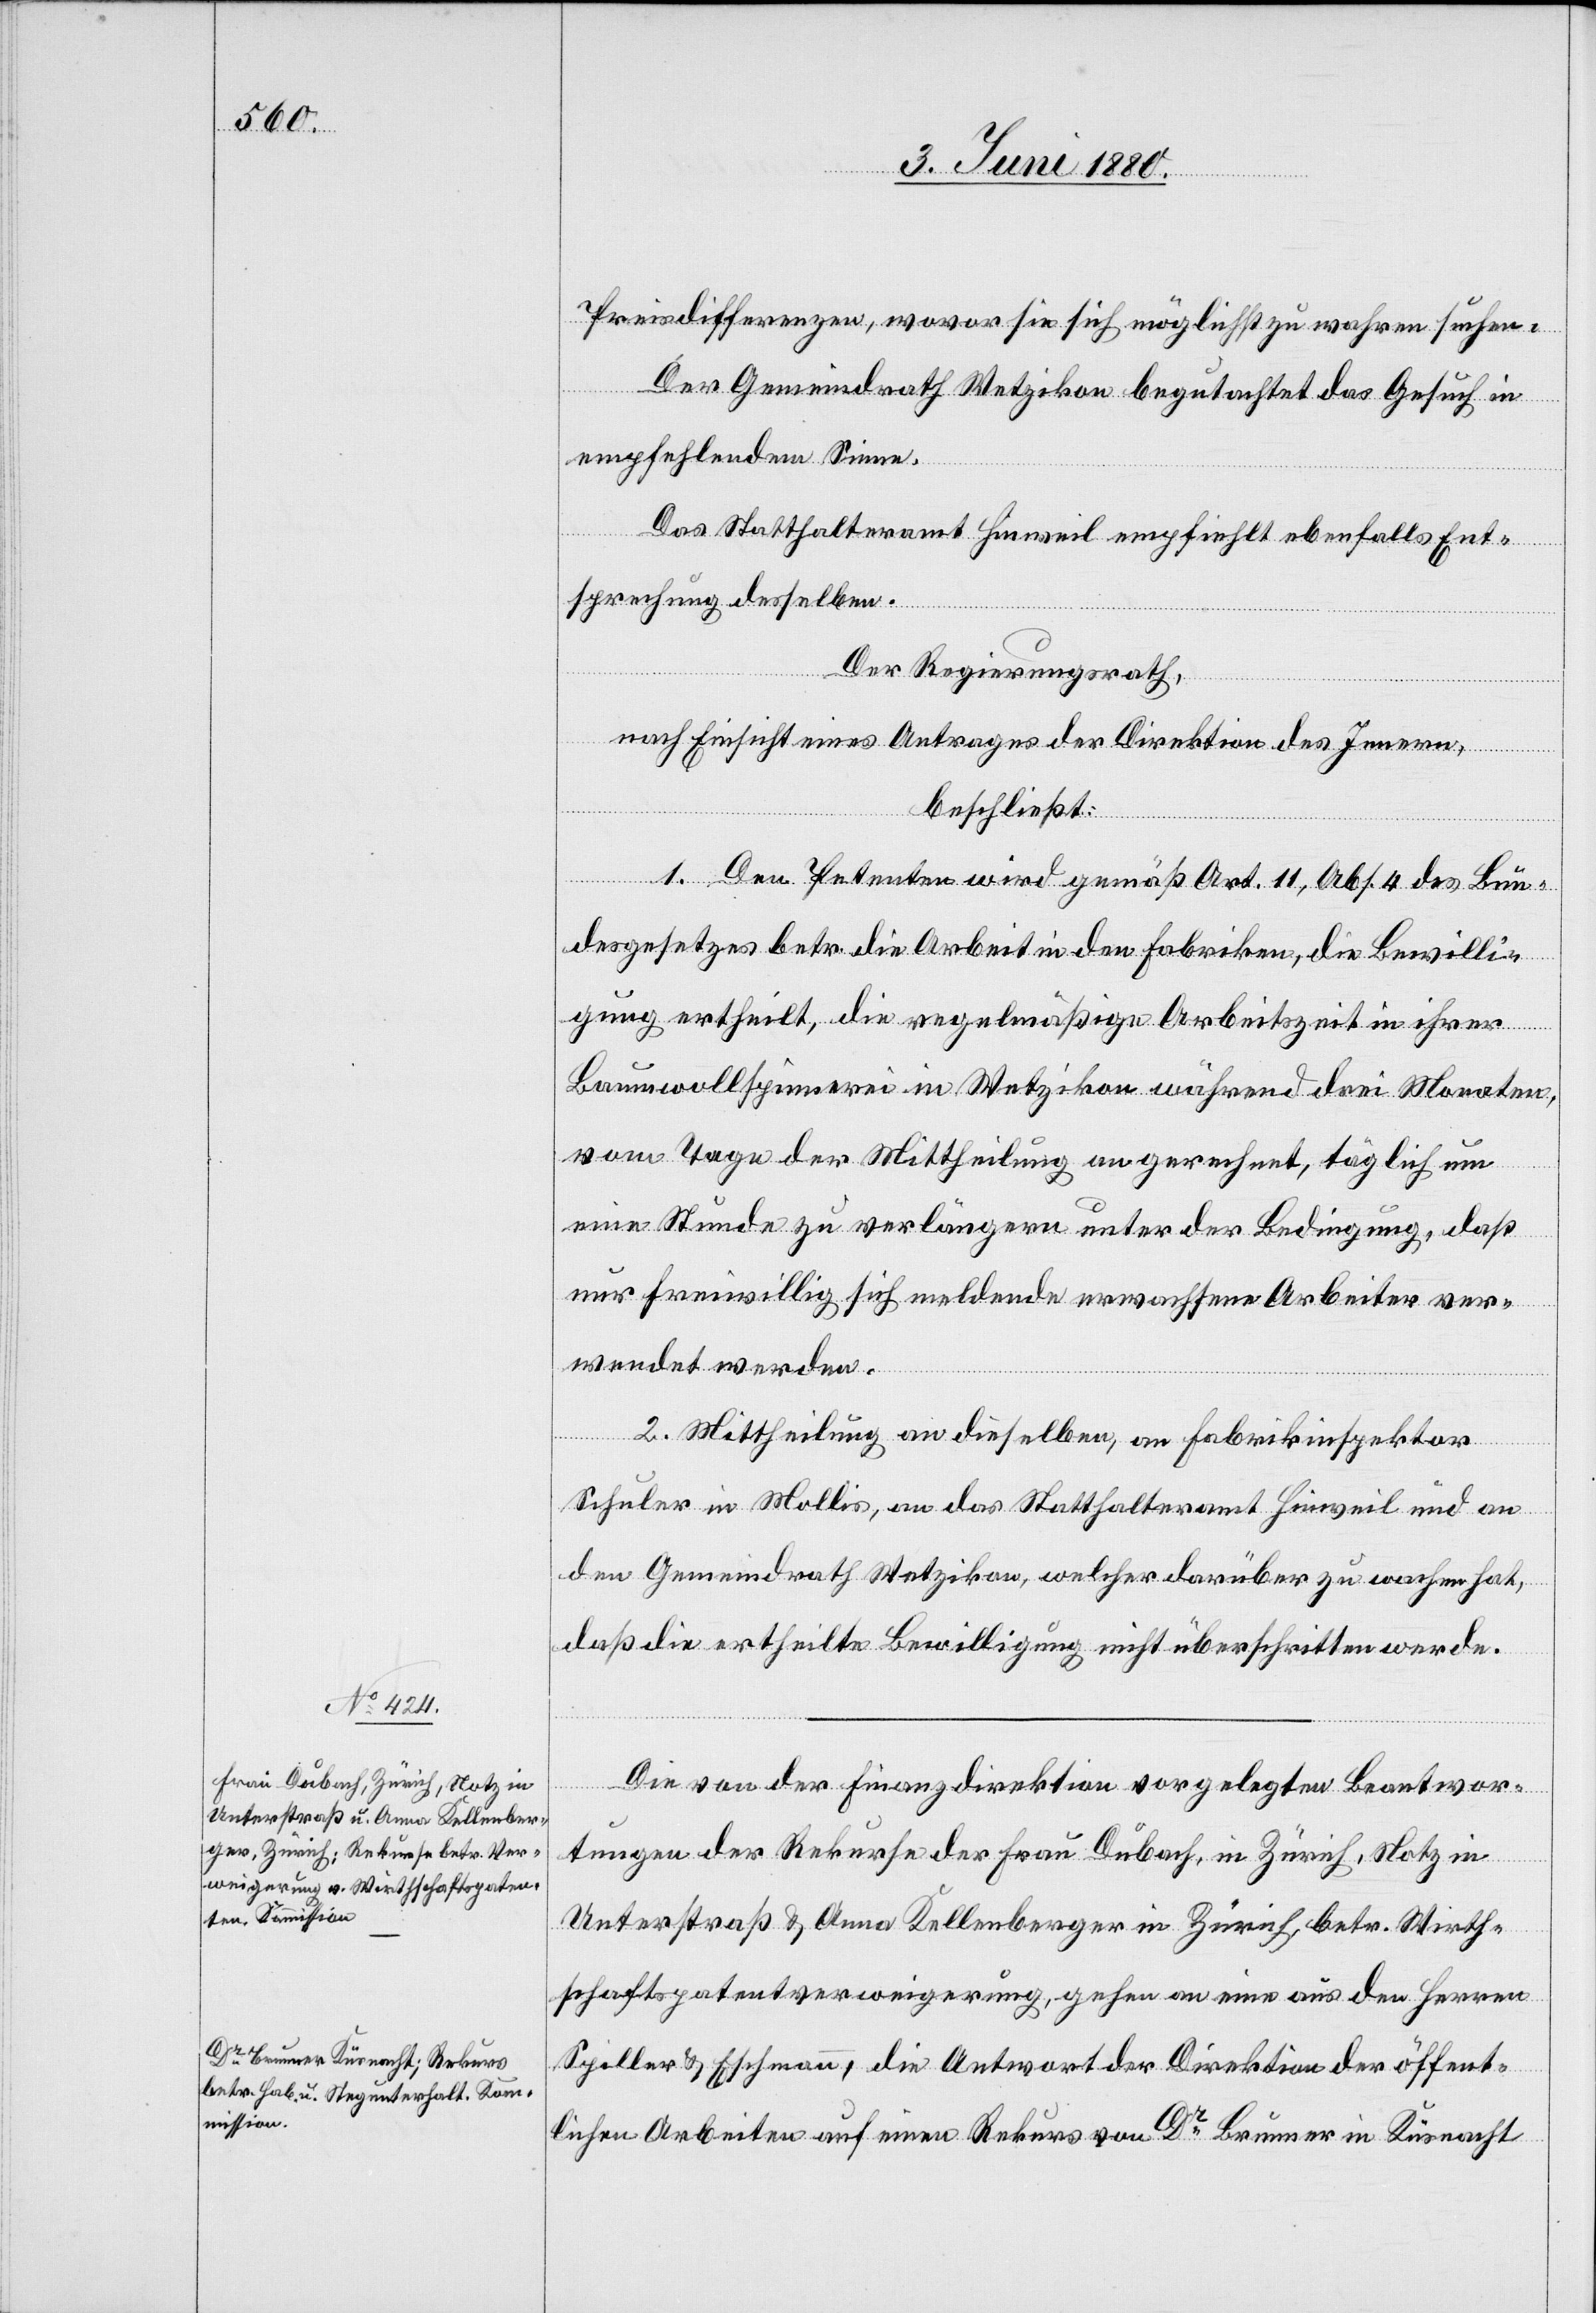
Preisdifferenzen, wovor sie sich möglichst zu wahren suchen.
Der Gemeindrath Wetzikon begutachtet das Gesuch in
empfehlendem Sinne.
Das Statthalteramt Hinweil empfiehlt ebenfalls Ent¬
sprechung desselben.
Der Regierungsrath,
nach Einsicht eines Antrages der Direktion des Innern,
beschließt:
1. Den Petenten wird gemäß Art. 11, Abs. 4 des Bun¬
desgesetzes betr. die Arbeit in den Fabriken, die Bewilli¬
gung ertheilt, die regelmäßige Arbeitszeit in ihrer
Baumwollspinnerei in Wetzikon während drei Monaten,
vom Tage der Mittheilung an gerechnet, täglich um
eine Stunde zu verlängern unter der Bedingung, daß
nur freiwillig sich meldende, erwachsene Arbeiter ver¬
wendet werden.
2. Mittheilung an dieselben, an Fabrikinspektor
Schuler in Mollis, an das Statthalteramt Hinweil und an
den Gemeindrath Wetzikon, welcher darüber zu wachen hat,
daß die ertheilte Bewilligung nicht überschritten werde.
Die von der Finanzdirektion vorgelegten Beantwor¬
tungen der Rekurse der Frau Dubach, in Zürich, Notz in
Unterstraß & Anna Kellenberger in Zürich, betr. Wirth¬
schaftspatentverweigerung, gehen an eine aus den Herren
Spiller & Eschmann, die Antwort der Direktion der öffent¬
lichen Arbeiten auf einen Rekurs von Dr Brunner in Küsnacht